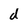
Character: d